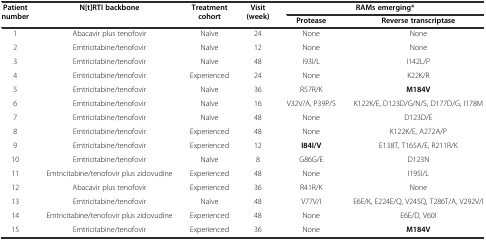
<table><thead><tr><td rowspan="2"><b>Patient number</b></td><td rowspan="2"><b>N[t]RTI backbone</b></td><td rowspan="2"><b>Treatment cohort</b></td><td rowspan="2"><b>Visit (week)</b></td><td colspan="2"><b>RAMs emerging*</b></td></tr><tr><td><b>Protease</b></td><td><b>Reverse transcriptase</b></td></tr></thead><tbody><tr><td>1</td><td>Abacavir plus tenofovir</td><td>Naïve</td><td>24</td><td>None</td><td>None</td></tr><tr><td>2</td><td>Emtricitabine/tenofovir</td><td>Naïve</td><td>12</td><td>None</td><td>None</td></tr><tr><td>3</td><td>Emtricitabine/tenofovir</td><td>Naïve</td><td>48</td><td>I93I/L</td><td>I142L/P</td></tr><tr><td>4</td><td>Emtricitabine/tenofovir</td><td>Experienced</td><td>24</td><td>None</td><td>K22K/R</td></tr><tr><td>5</td><td>Emtricitabine/tenofovir</td><td>Naïve</td><td>36</td><td>R57R/K</td><td><b>M184V</b></td></tr><tr><td>6</td><td>Emtricitabine/tenofovir</td><td>Naïve</td><td>16</td><td>V32V/A, P39P/S</td><td>K122K/E, D123D/G/N/S, D177D/G, I178M</td></tr><tr><td>7</td><td>Emtricitabine/tenofovir</td><td>Naïve</td><td>48</td><td>None</td><td>D123D/E</td></tr><tr><td>8</td><td>Emtricitabine/tenofovir</td><td>Experienced</td><td>48</td><td>None</td><td>K122K/E, A272A/P</td></tr><tr><td>9</td><td>Emtricitabine/tenofovir</td><td>Experienced</td><td>12</td><td><b>I84I/V</b></td><td>E138T, T165A/E, R211R/K</td></tr><tr><td>10</td><td>Emtricitabine/tenofovir</td><td>Naïve</td><td>8</td><td>G86G/E</td><td>D123N</td></tr><tr><td>11</td><td>Emtricitabine/tenofovir plus zidovudine</td><td>Experienced</td><td>48</td><td>None</td><td>I195I/L</td></tr><tr><td>12</td><td>Abacavir plus tenofovir</td><td>Experienced</td><td>36</td><td>R41R/K</td><td>None</td></tr><tr><td>13</td><td>Emtricitabine/tenofovir</td><td>Naïve</td><td>48</td><td>V77V/I</td><td>E6E/K, E224E/Q, V245Q, T286T/A, V292V/I</td></tr><tr><td>14</td><td>Emtricitabine/tenofovir plus zidovudine</td><td>Experienced</td><td>48</td><td>None</td><td>E6E/D, V60I</td></tr><tr><td>15</td><td>Emtricitabine/tenofovir</td><td>Experienced</td><td>36</td><td>None</td><td><b>M184V</b></td></tr></tbody></table>